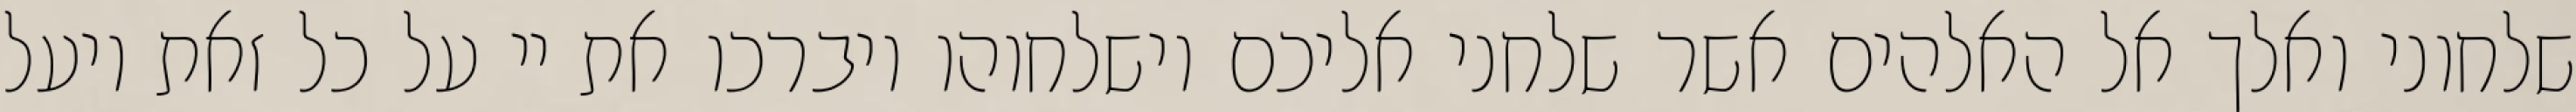
שלחוני ואלך אל האלהים אשר שלחני אליכם וישלחוהו ויברכו את יי על כל זאת ויעל